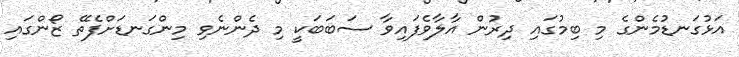
އަޅުގަނޑުމެންގެ މި ބިމުގައި ދިރުން އާލާވެފައިވާ ސަބަބަކީ މި ދެންނެވި މިންގަނޑަށްފެތޭ ޒޯންގައި